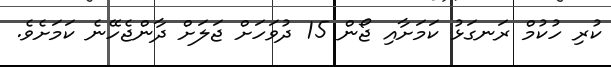
ކުރި ހުކުމް ރަނގަޅު ކަމަށާއި ޖޯން 15 ދުވަހަށް ޖަލަށް ދާންޖެހޭނެ ކަމަށެވެ.